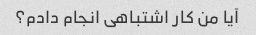
آیا من کار اشتباهی انجام دادم؟